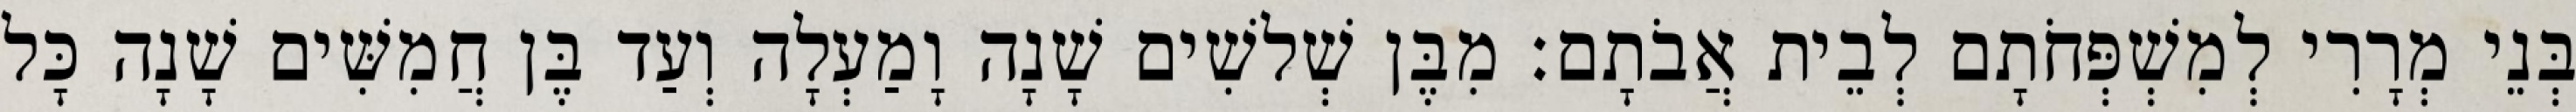
בְּנֵי מְרָרִי לְמִשְׁפְּחֹתָם לְבֵית אֲבֹתָם׃ מִבֶּן שְׁלשִׁים שָׁנָה וָמַעְלָה וְעַד בֶּן חֲמִשִּׁים שָׁנָה כָּל